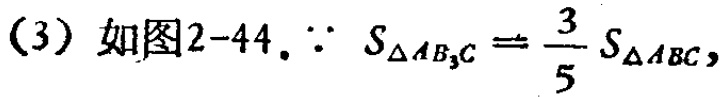
（3）如图2-44.$\because S_{\triangle AB_{3}C}=\frac{3}{5}S_{\triangle ABC},$